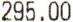
295.00